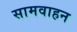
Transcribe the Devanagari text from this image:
सामवाहन